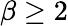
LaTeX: \beta\ge 2